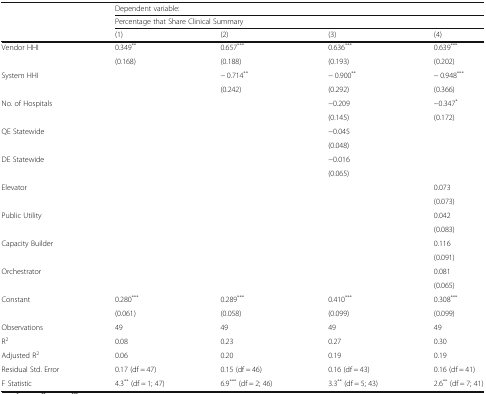
<table><thead><tr><td rowspan="3"></td><td colspan="4"><b>Dependent variable:</b></td></tr><tr><td colspan="4"><b>Percentage that Share Clinical Summary</b></td></tr><tr><td><b>(1)</b></td><td><b>(2)</b></td><td><b>(3)</b></td><td><b>(4)</b></td></tr></thead><tbody><tr><td>Vendor HHI</td><td>0.349<sup>**</sup></td><td>0.657<sup>***</sup></td><td>0.636<sup>***</sup></td><td>0.639<sup>***</sup></td></tr><tr><td></td><td>(0.168)</td><td>(0.188)</td><td>(0.193)</td><td>(0.202)</td></tr><tr><td>System HHI</td><td></td><td>− 0.714<sup>**</sup></td><td>− 0.900<sup>**</sup></td><td>− 0.948<sup>***</sup></td></tr><tr><td></td><td></td><td>(0.242)</td><td>(0.292)</td><td>(0.366)</td></tr><tr><td>No. of Hospitals</td><td></td><td></td><td>−0.209</td><td>−0.347<sup>*</sup></td></tr><tr><td></td><td></td><td></td><td>(0.145)</td><td>(0.172)</td></tr><tr><td>QE Statewide</td><td></td><td></td><td>−0.045</td><td></td></tr><tr><td></td><td></td><td></td><td>(0.048)</td><td></td></tr><tr><td>DE Statewide</td><td></td><td></td><td>−0.016</td><td></td></tr><tr><td></td><td></td><td></td><td>(0.065)</td><td></td></tr><tr><td>Elevator</td><td></td><td></td><td></td><td>0.073</td></tr><tr><td></td><td></td><td></td><td></td><td>(0.073)</td></tr><tr><td>Public Utility</td><td></td><td></td><td></td><td>0.042</td></tr><tr><td></td><td></td><td></td><td></td><td>(0.083)</td></tr><tr><td>Capacity Builder</td><td></td><td></td><td></td><td>0.116</td></tr><tr><td></td><td></td><td></td><td></td><td>(0.091)</td></tr><tr><td>Orchestrator</td><td></td><td></td><td></td><td>0.081</td></tr><tr><td></td><td></td><td></td><td></td><td>(0.065)</td></tr><tr><td>Constant</td><td>0.280<sup>***</sup></td><td>0.289<sup>***</sup></td><td>0.410<sup>***</sup></td><td>0.308<sup>***</sup></td></tr><tr><td></td><td>(0.061)</td><td>(0.058)</td><td>(0.099)</td><td>(0.099)</td></tr><tr><td>Observations</td><td>49</td><td>49</td><td>49</td><td>49</td></tr><tr><td>R<sup>2</sup></td><td>0.08</td><td>0.23</td><td>0.27</td><td>0.30</td></tr><tr><td>Adjusted R<sup>2</sup></td><td>0.06</td><td>0.20</td><td>0.19</td><td>0.19</td></tr><tr><td>Residual Std. Error</td><td>0.17 (df = 47)</td><td>0.15 (df = 46)</td><td>0.16 (df = 43)</td><td>0.16 (df = 41)</td></tr><tr><td>F Statistic</td><td>4.3<sup>**</sup> (df = 1; 47)</td><td>6.9<sup>***</sup> (df = 2; 46)</td><td>3.3<sup>**</sup> (df = 5; 43)</td><td>2.6<sup>**</sup> (df = 7; 41)</td></tr></tbody></table>